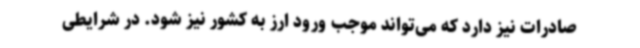
صادرات نیز دارد که می‌تواند موجب ورود ارز به کشور نیز شود. در شرایطی